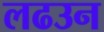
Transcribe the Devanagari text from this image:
लढउन